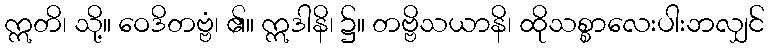
ဣတိ၊ သို့။ ဝေဒိတဗ္ဗံ၊ ၏။ ဣဒါနိ၊ ၌။ တဗ္ဗိသယာနိ၊ ထိုသစ္စာလေးပါးဘလျှင်